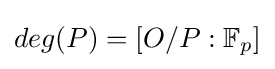
deg(P)=[O/P:\mathbb {F} _{p}]